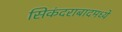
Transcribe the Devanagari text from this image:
सिकंदराबादमध्ये